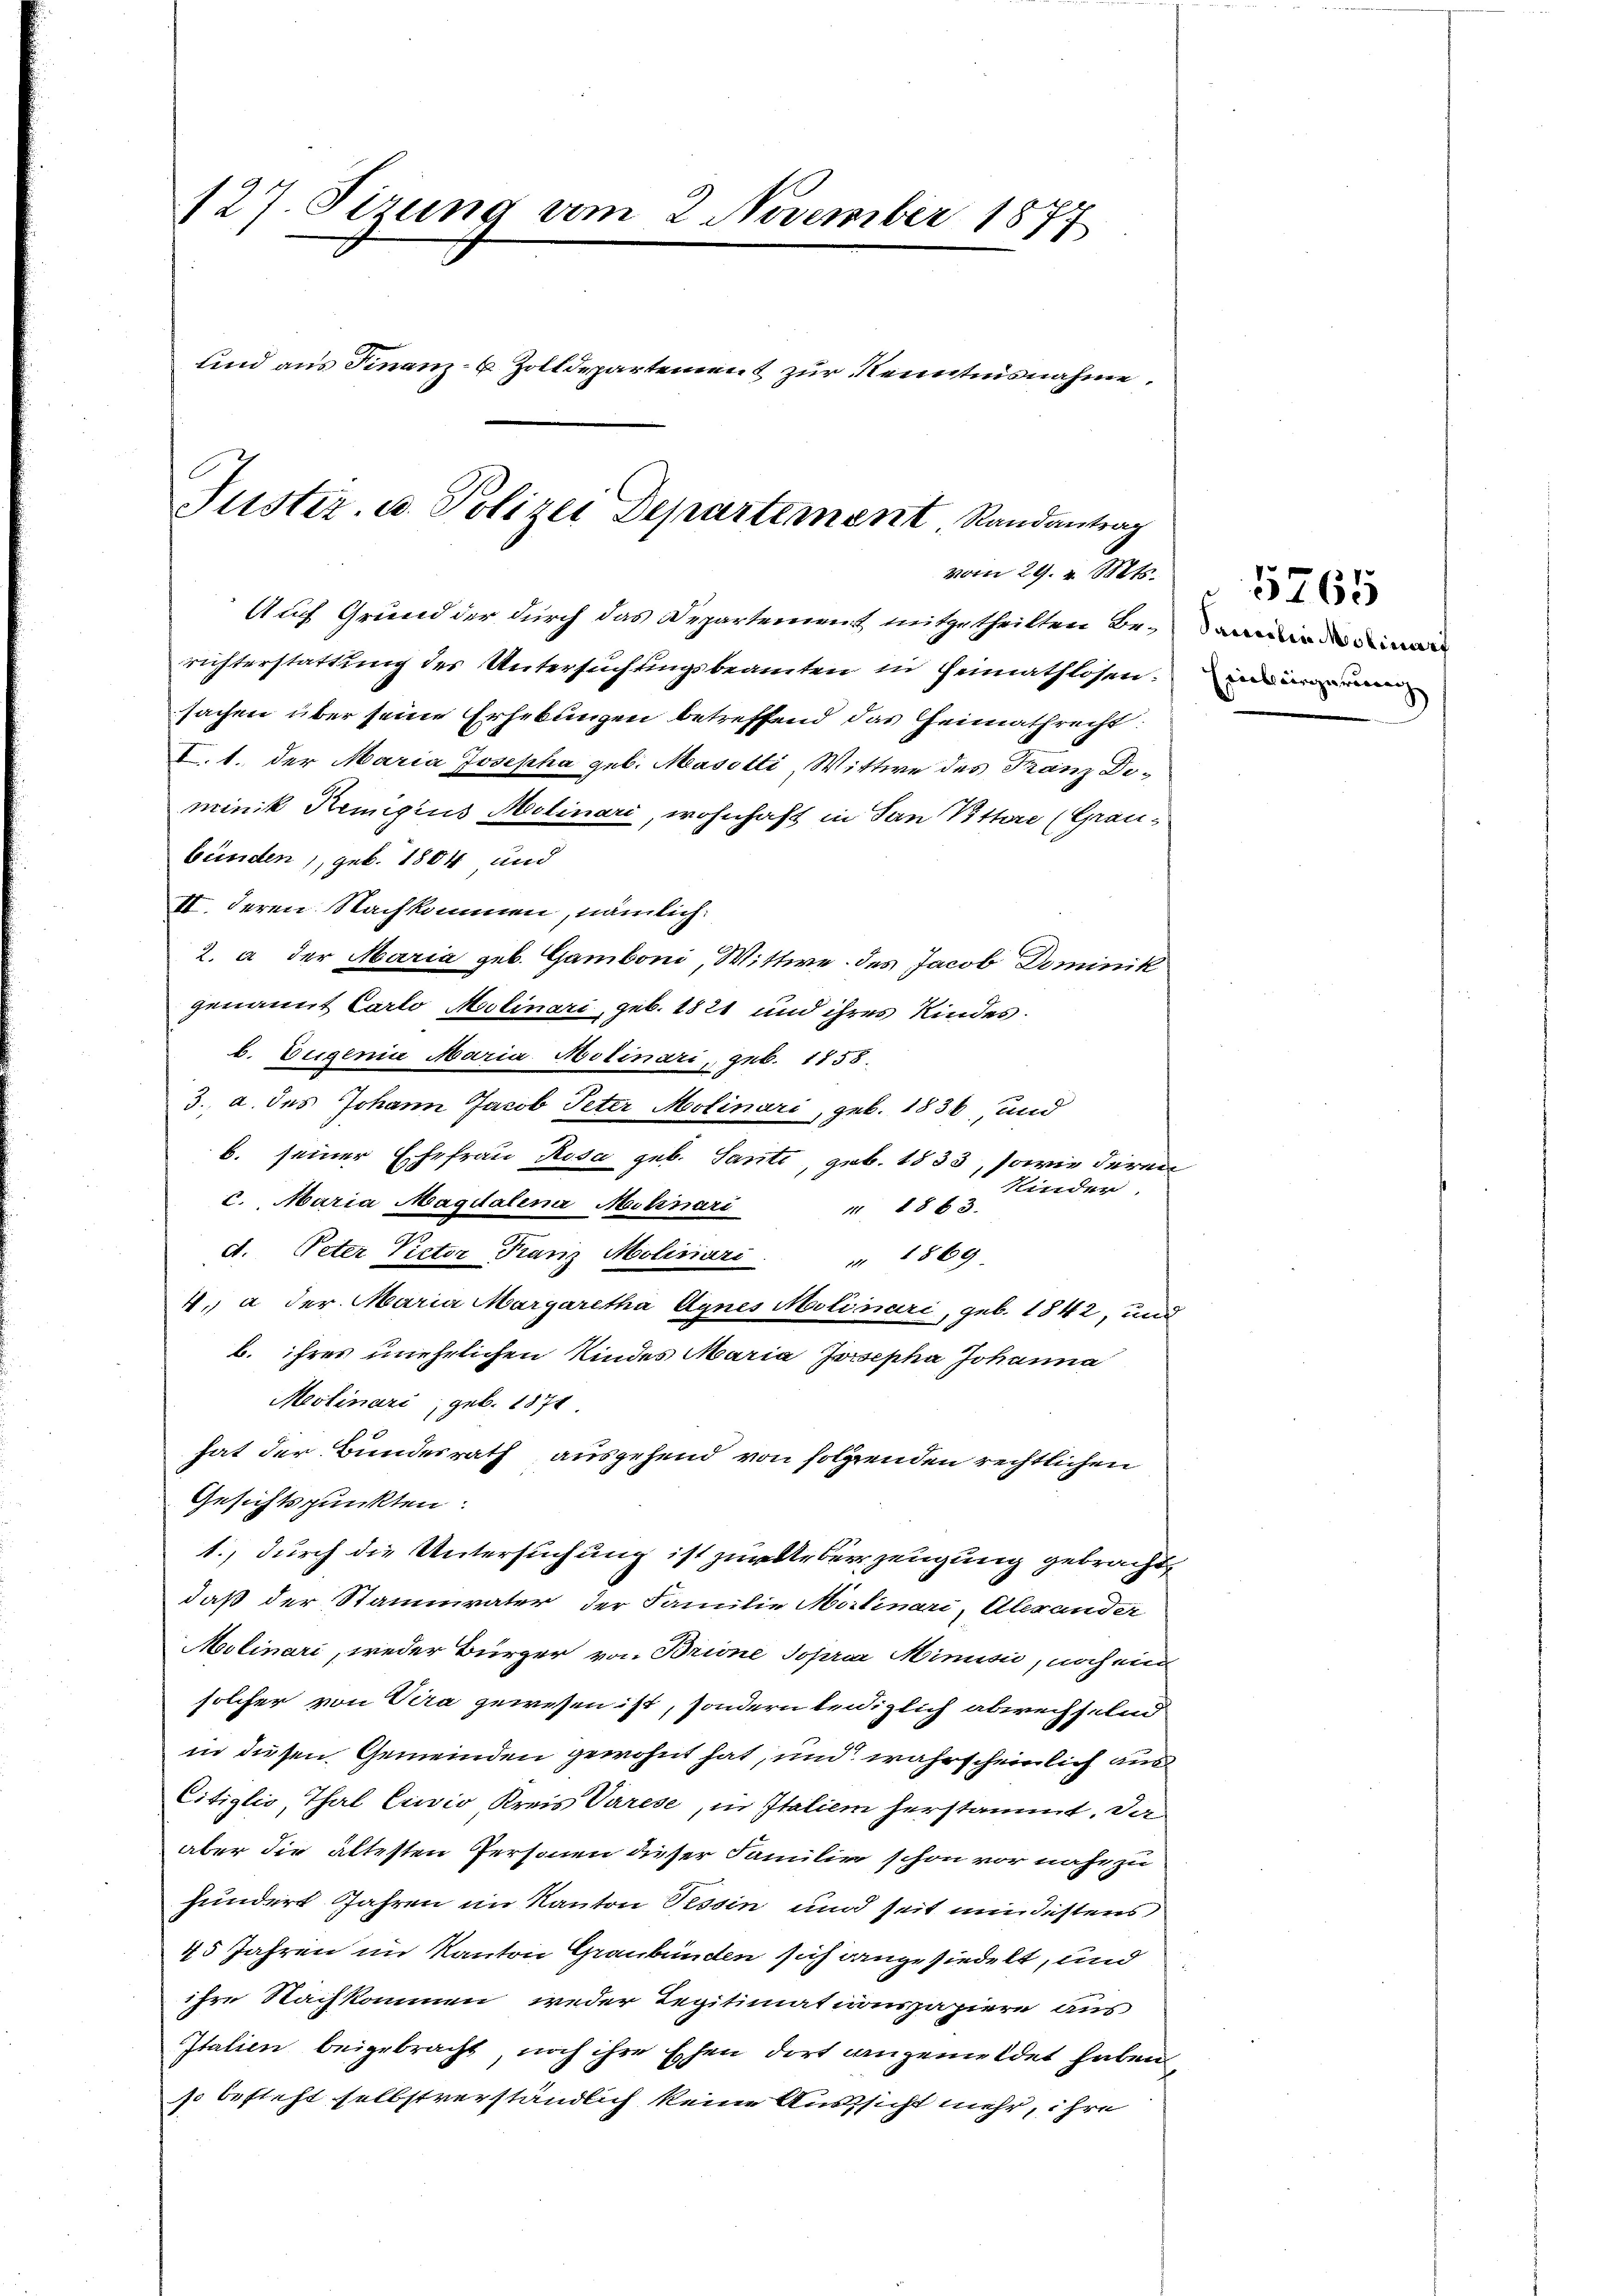
127. Sirung vom 2. November 1877
und aus Finanz-C Zolldepartement zur Kenntnisnahme.

Justiz u. Polizei Departement Randantrag
vom 29. v. Mts.

Auf Grund der durch das Departement mitgetheilten Berichterstattung des Untersuchungsbeamten in Heimathlosen.
sachen über seine Erhebungen betreffend das Heimathrecht:
I. 1. der Maria Josepha geb. Masetti, Wittwe des Franz Diminik Remigius Molinari, wohnhaft in San Pittere (Grau-
bünden, geb. 1804 und
IV. deren Nachkommen, nämlich:
2. a der Maria geb. Gamboni, Wittwe des Jacob Dominik
genannt Carlo Molinari, geb. 1821 und ihres Kindes.
b. Eugenia Maria Molinari, geb. 1858.
3. a. des Johann Jacob Peter Molinari, geb. 1836 und
b. seiner Ehefrau Rosa geb. Sante, geb. 1833, sowie deren
Kinder
c. Maria Magdalena Molinari " 1863.
d. Peter Victor Franz Moliviari. 1869
4., a der Maria Margaretha Agnes Molinari, geb. 1842, und
b. ihres unehrlichen Kindes Maria Josepha Johanna
Meolinari, geb. 1874
hat der Bundesrath ausgehend von folgenden rechtlichen
Gesichtspunkten.
1., durch die Untersuchung ist zur Ueberzeugung gebracht
daß der Stammvater der Familie Molinari, Alexander
Molinari, weder Bürger von Brione sopraar Minusić, noch ein
solcher von Vera gewesen ist, sondern leidiglich abwechselnd
in diesen Gemeinden gewohnt hat, und wahrscheinlich aus
Citiglio, Thal Exuvio Kreis Varese, in Italien herstammt. Da
aber die ältesten Personen dieser Familie schon vor nahe zu
hundert Jahren im Kanton Tessin und seit mindestens
45 Jahren im Kanton Graubünden sich angesiedelt, und
ihre Nachkommen weder Regitimationspapiere aus
Italien beigebracht, noch ihre Ehen dort angemeldet haben.
so besteht selbstverständlich keine Aussicht mehr, ihre

Samilie Molinarf
Erieb eingerung

5765